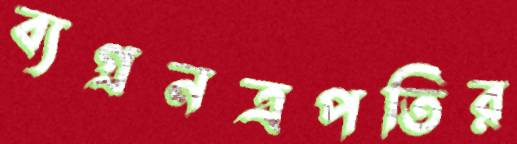
ব্যগ্রনত্রপতির